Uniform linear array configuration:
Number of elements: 48
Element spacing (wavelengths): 0.25
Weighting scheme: binomial
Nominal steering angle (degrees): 30
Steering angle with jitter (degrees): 28.077
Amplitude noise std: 0.05
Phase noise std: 0.05

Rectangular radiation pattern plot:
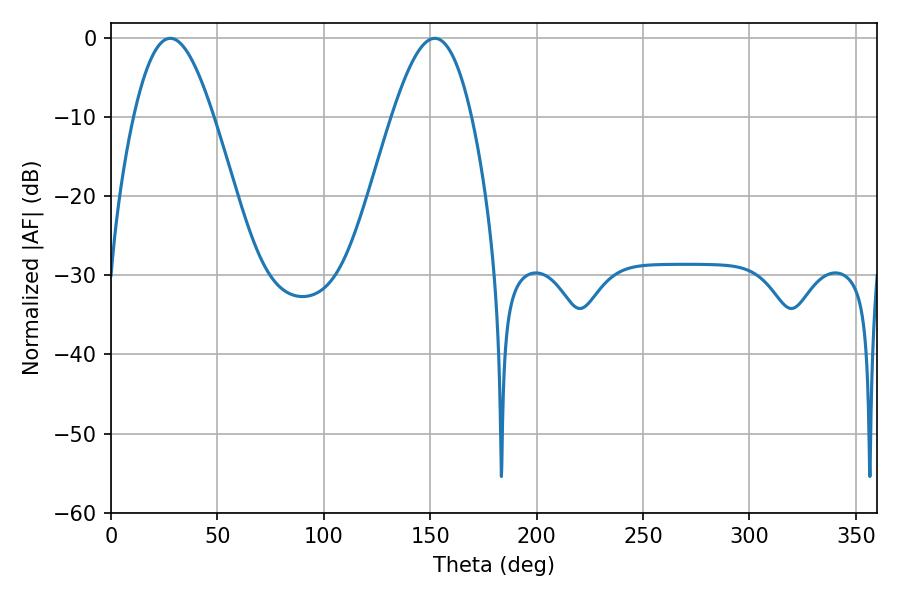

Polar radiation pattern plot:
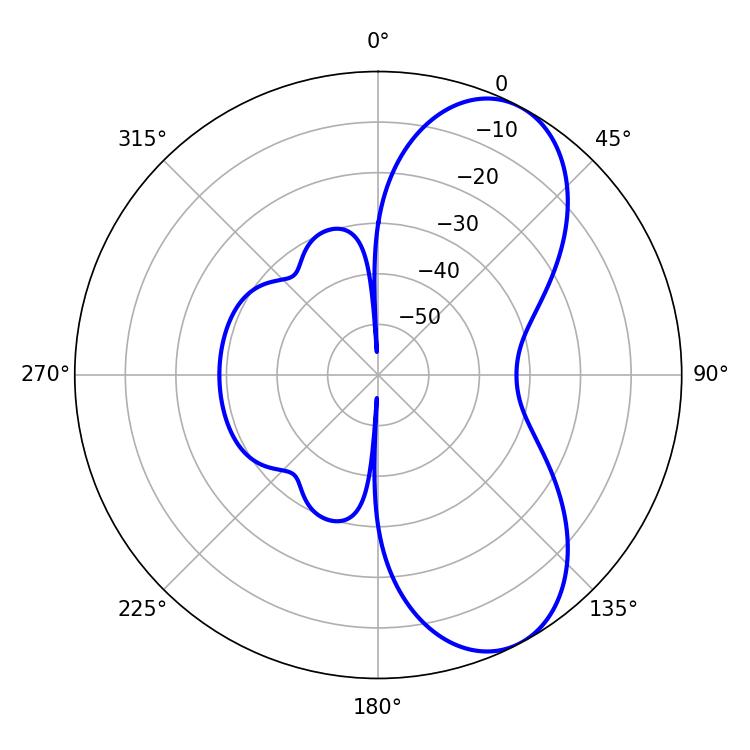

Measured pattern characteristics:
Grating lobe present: FALSE
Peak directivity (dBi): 7.383
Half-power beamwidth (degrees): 20.16
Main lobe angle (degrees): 27.9